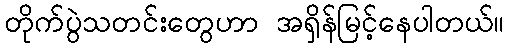
တိုက်ပွဲသတင်းတွေဟာ အရှိန်မြင့်နေပါတယ်။